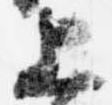
上